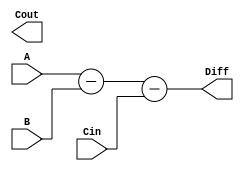
module carry_lookahead_subtractor (
    input [3:0] A,
    input [3:0] B,
    input Cin,
    output [3:0] Diff,
    output Cout
);

wire [3:0] G;
wire [3:0] P;
wire [3:0] C;

assign G = A & B;
assign P = A ^ B;
assign C[0] = Cin;

genvar i;

generate
    for (i = 0; i < 4; i = i + 1) begin : carry_lookahead_logic
        assign C[i+1] = G[i] | (P[i] & C[i]);
    end
endgenerate

assign Diff = A - B - Cin;
assign Cout = C[4];

endmodule